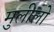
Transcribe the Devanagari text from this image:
मुलीलो